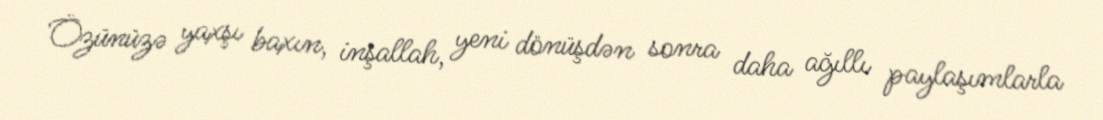
Özünüzə yaxşı baxın, inşallah, yeni dönüşdən sonra daha ağıllı paylaşımlarla